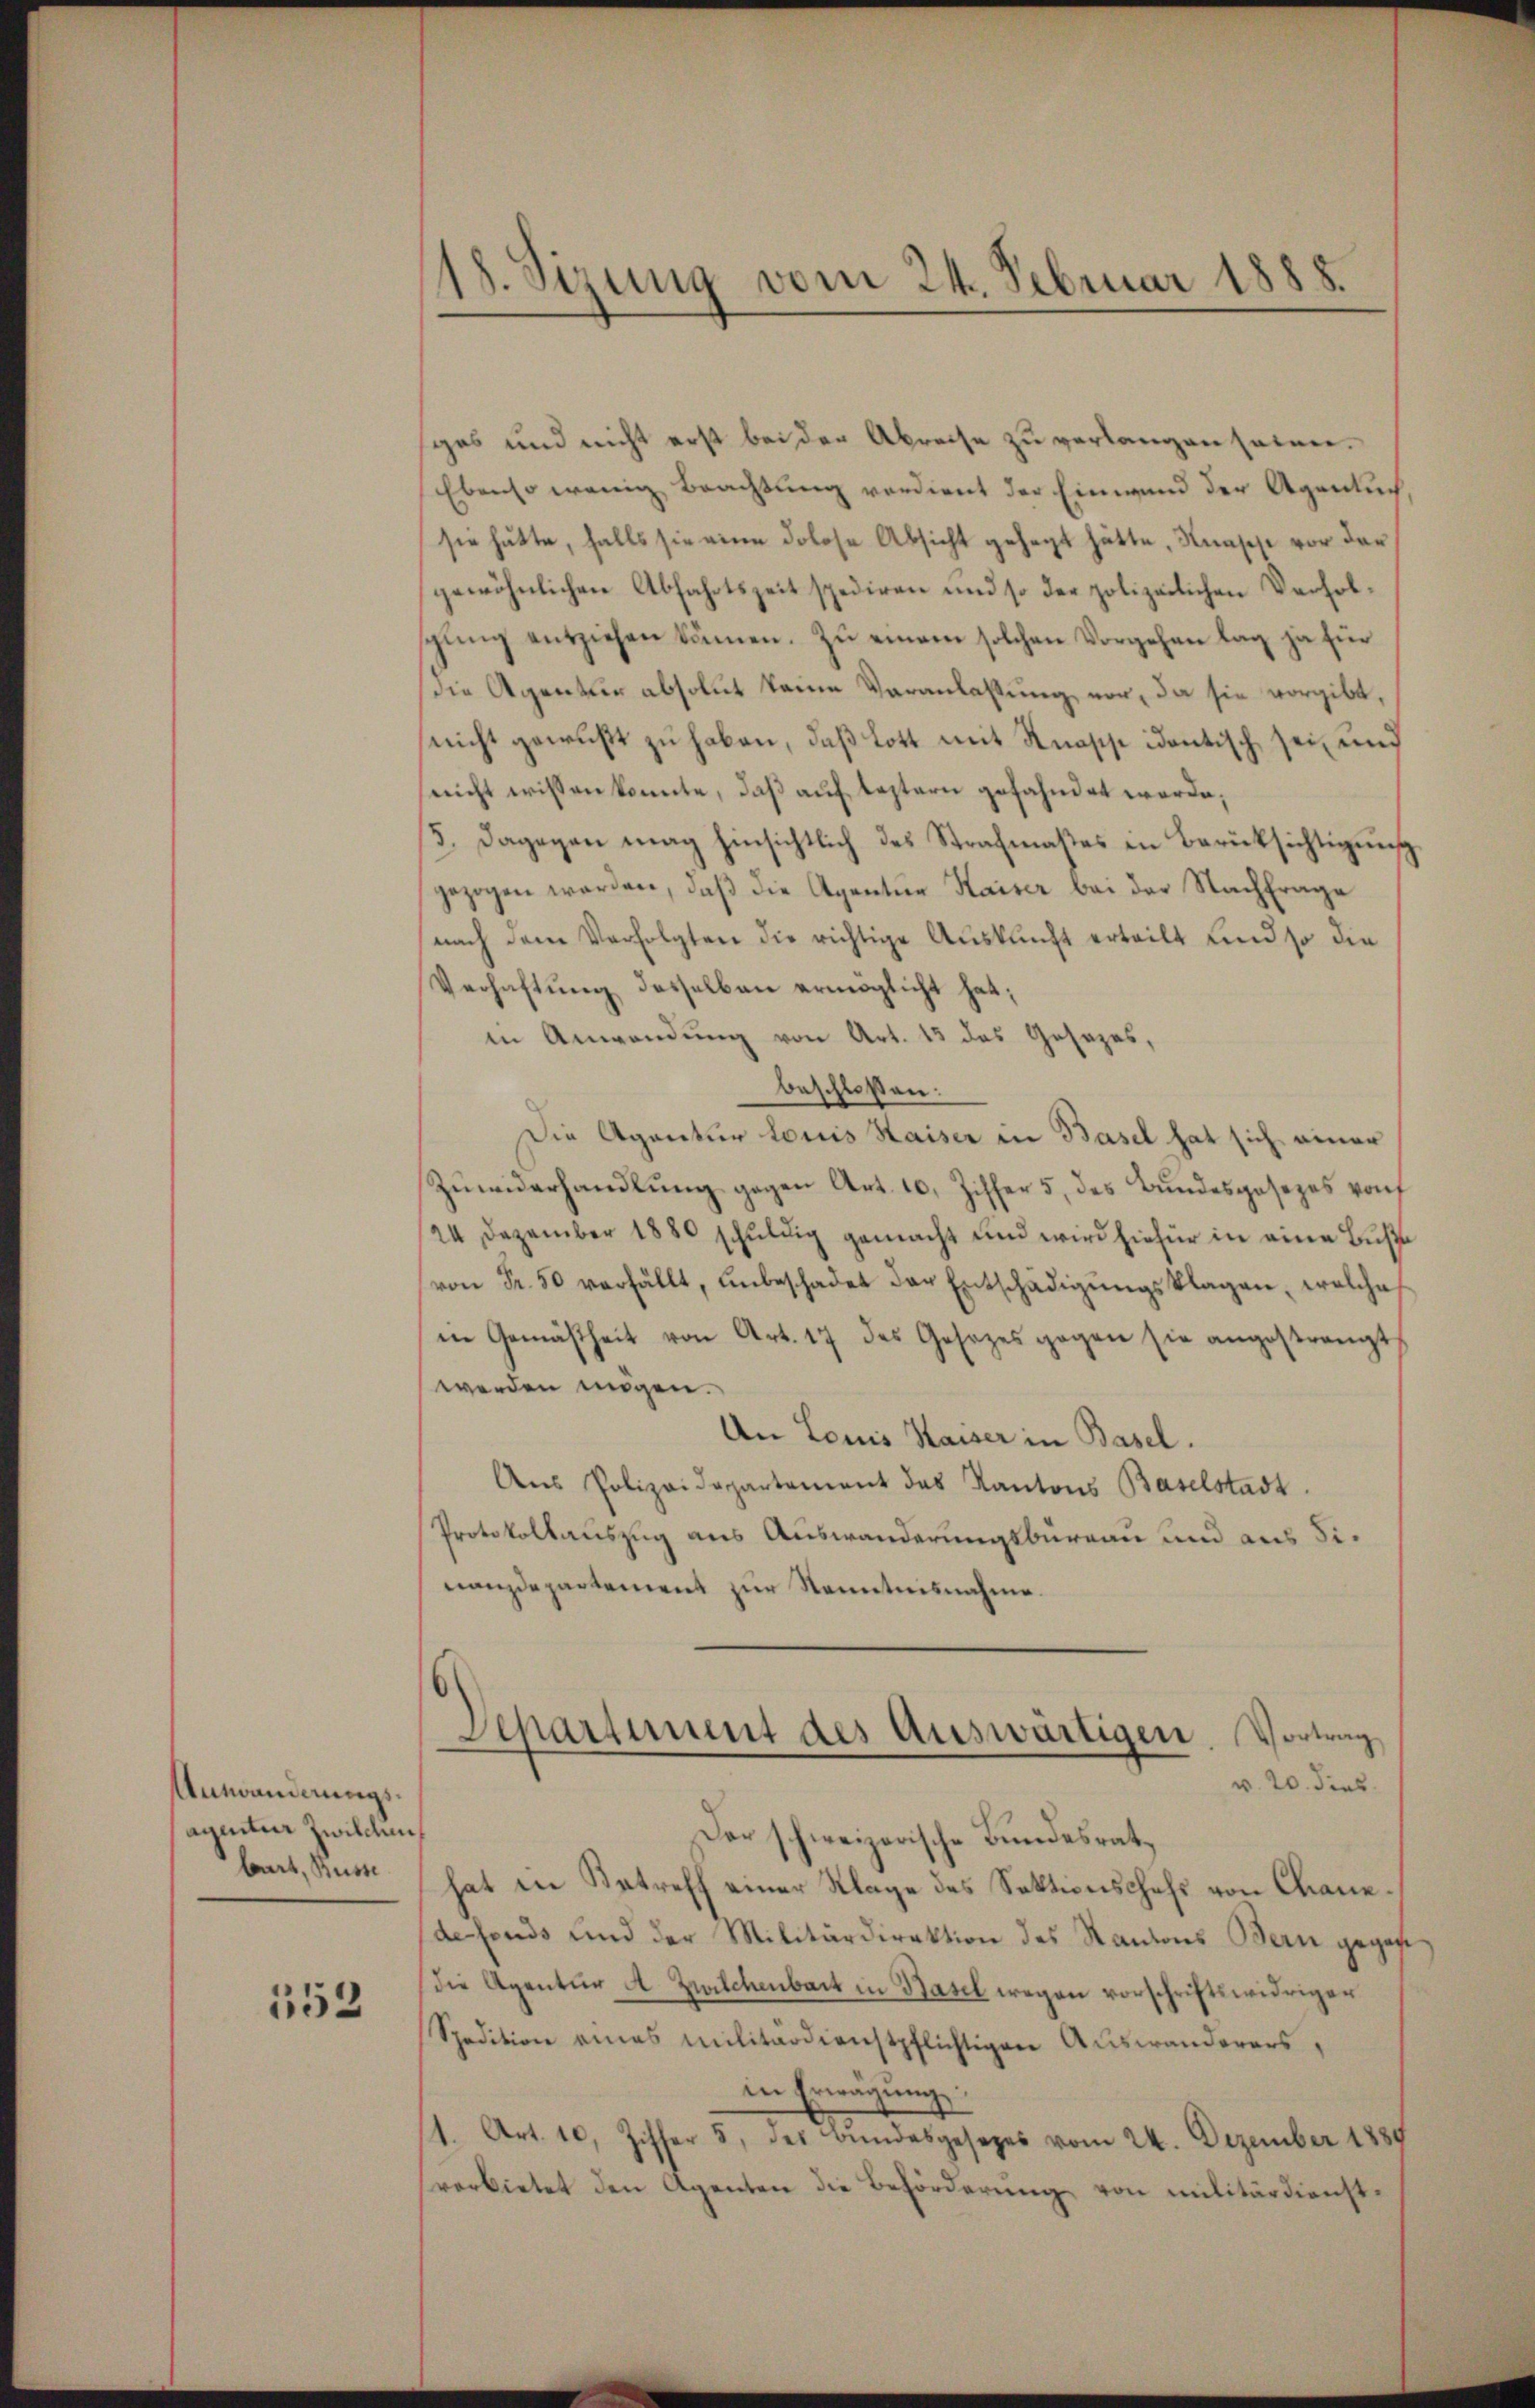
Antwanderungsagentur Zwilchen
bart, Busse

152

e
18. Sizung vom 24. Februar 1888.

ges und nicht erst bei der Abreise zu verlangen seien.
Ebenso wenig Beachtung verdient der Einwand der Agentuch
sie hätte, falls sie eine dolose Absicht gehegt hätte, Knapp vor der
gewöhnlichen Abfahrtszeit spediren und so der polizeilichen Verholschling entziehen können. Zu einem solchen Vorgehen lag ja für
die Agentur absolut keine Veranlassung, vor, da sie vorgibt,
nicht gewußt zu haben, daß Lott mit Knasse identisch sei, und
nicht wissen konnte, daß auf leztern gefahndet werde,
3. Dagegen mag hinsichtlich des Strafmaßes in Berücksichtigung
gezogen worden, daß die Agentur Kaiser bei der Nachfrage
nach dem Verfolgten die richtige Auskunft erteilt und so die
Verhaftung desselben ermöglicht hat;
in Anwendung von Art. 13 das Gesezes,
beschloßen:
Die Agentur locis Kaiser in Basel hat sich einer
Zŭwiderhandlŭng gegen Art. 10. Ziffer 5 des Bŭndesgesezes von
24 Dezember 1880 schŭldig gemacht und wird hiefür in eine Buße
von Fr. 50 verfällt, unbeschadet der Entschädigŭngsklagen, welche
in Gemäßheit von Art. 17 des Gesezes gegen sie angestrengt
werden mögen.
An Louis Kaiser in Basel.
Ans Polizeidepartement das Kantons Baselstadt.
Protokollauszug aus Auswanderungsbüreau und aus Sinanzdepartement zur Kenntnisnahme.
Departiment des Auswärtigen. Vortrag
v. 20. dies
Der schweizerische Bundesrat,
hat in Betreff einer Klage des Sektionschefs von Chanedefonds und der Militärdirektion des Kantons Bern gegebe
Die Agentur A. Zwilchenbart in Basel wegen vorschriftswidriger
Spedition eines militärdienstpflichtigen Auswanderers,
in Erwägung.
1. Art. 10, Ziffer 5. des Bundesgesezes vom 24. Dezember 1889
verbietet den Agenten die Beförderung von militärdienst¬